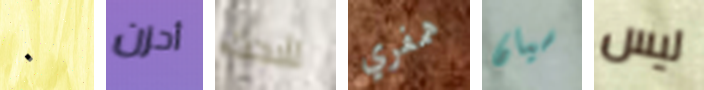
٠ أحزن لأبحث همفري سيان ليس